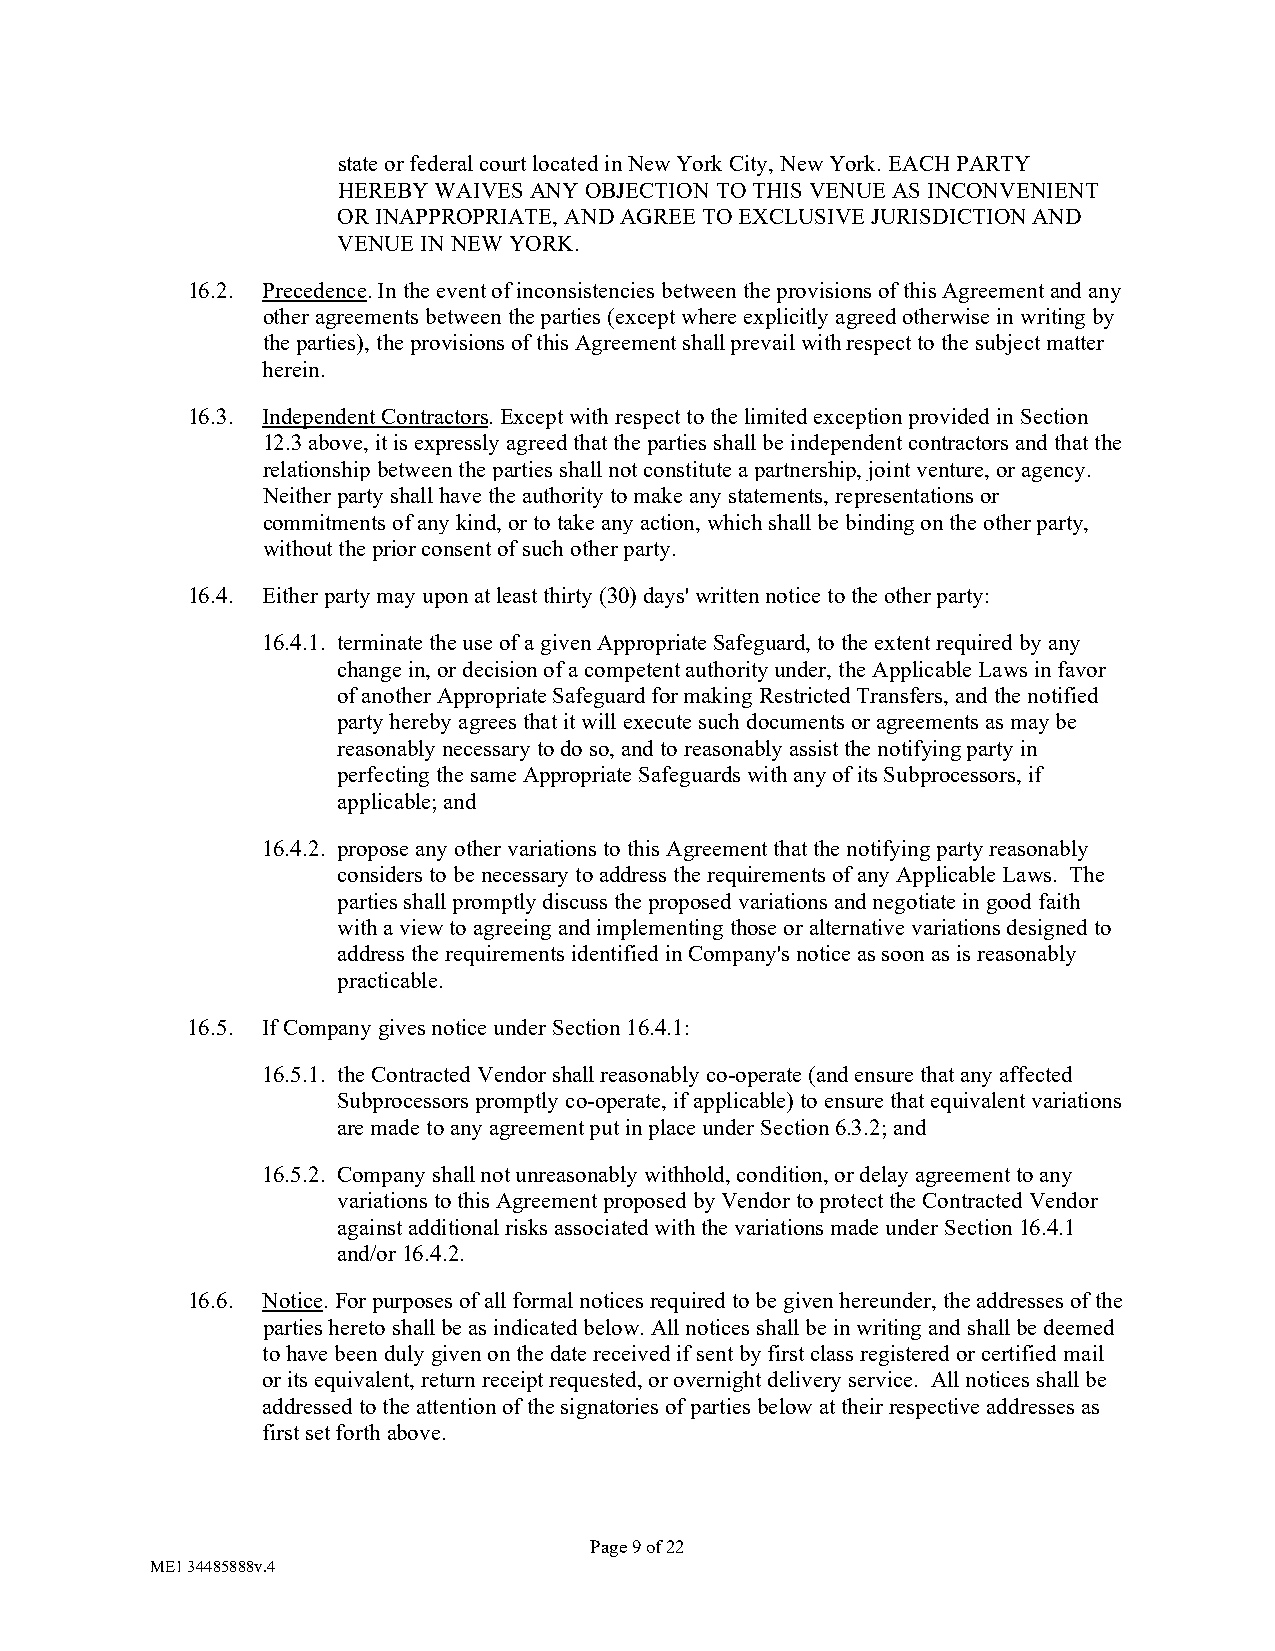
state or federal court located in New York City, New York. EACH PARTY
 HEREBY WAIVES ANY OBJECTION TO THIS VENUE AS INCONVENIENT
 OR INAPPROPRIATE, AND AGREE TO EXCLUSIVE JURISDICTION AND
 VENUE IN NEW YORK.
 16.2. Precedence. In the event of inconsistencies between the provisions of this Agreement and any
 other agreements between the parties (except where explicitly agreed otherwise in writing by
 the parties), the provisions of this Agreement shall prevail with respect to the subject matter
 herein.
 16.3. Independent Contractors. Except with respect to the limited exception provided in Section
 12.3 above, it is expressly agreed that the parties shall be independent contractors and that the
 relationship between the parties shall not constitute a partnership, joint venture, or agency.
 Neither party shall have the authority to make any statements, representations or
 commitments of any kind, or to take any action, which shall be binding on the other party,
 without the prior consent of such other party.
 16.4. Either party may upon at least thirty (30) days' written notice to the other party:
 16.4.1. terminate the use of a given Appropriate Safeguard, to the extent required by any
 change in, or decision of a competent authority under, the Applicable Laws in favor
 of another Appropriate Safeguard for making Restricted Transfers, and the notified
 party hereby agrees that it will execute such documents or agreements as may be
 reasonably necessary to do so, and to reasonably assist the notifying party in
 perfecting the same Appropriate Safeguards with any of its Subprocessors, if
 applicable; and
 16.4.2. propose any other variations to this Agreement that the notifying party reasonably
 considers to be necessary to address the requirements of any Applicable Laws. The
 parties shall promptly discuss the proposed variations and negotiate in good faith
 with a view to agreeing and implementing those or alternative variations designed to
 address the requirements identified in Company's notice as soon as is reasonably
 practicable.
 16.5. If Company gives notice under Section 16.4.1:
 16.5.1. the Contracted Vendor shall reasonably co-operate (and ensure that any affected
 Subprocessors promptly co-operate, if applicable) to ensure that equivalent variations
 are made to any agreement put in place under Section 6.3.2; and
 16.5.2. Company shall not unreasonably withhold, condition, or delay agreement to any
 variations to this Agreement proposed by Vendor to protect the Contracted Vendor
 against additional risks associated with the variations made under Section 16.4.1
 and/or 16.4.2.
 16.6. Notice. For purposes of all formal notices required to be given hereunder, the addresses of the
 parties hereto shall be as indicated below. All notices shall be in writing and shall be deemed
 to have been duly given on the date received if sent by first class registered or certified mail
 or its equivalent, return receipt requested, or overnight delivery service. All notices shall be
 addressed to the attention of the signatories of parties below at their respective addresses as
 first set forth above.
 Page 9 of 22
 ME1 34485888v.4